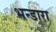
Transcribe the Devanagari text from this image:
भन्डारा